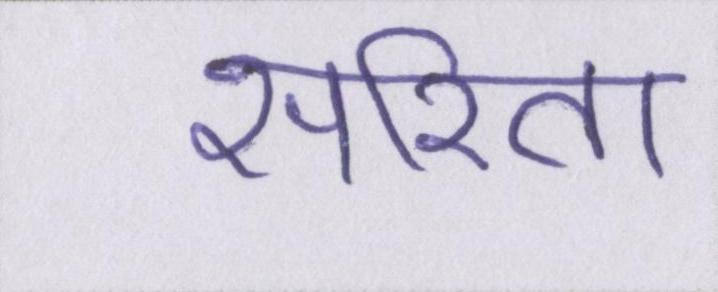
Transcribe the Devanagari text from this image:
सरिता